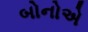
બોનોએ